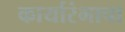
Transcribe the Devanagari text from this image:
कार्यारंभाचा